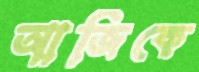
আজিকে